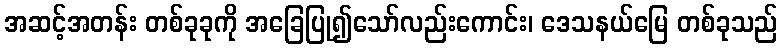
အဆင့်အတန်း တစ်ခုခုကို အခြေပြု၍သော်လည်းကောင်း၊ ဒေသနယ်မြေ တစ်ခုသည်